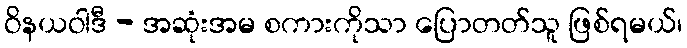
ဝိနယဝါဒီ - အဆုံးအမ စကားကိုသာ ပြောတတ်သူ ဖြစ်ရမယ်၊